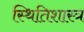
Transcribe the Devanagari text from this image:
स्थितिशास्त्र